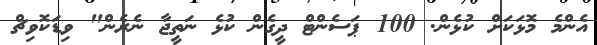
އެންމެ މޮޅަކަށް ކުޅެން. 100 ޕަސެންޓް ދީގެން ކުޅެ ނަތީޖާ ނެރެން" ވިޑަކޮވިޗް